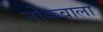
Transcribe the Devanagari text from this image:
नोकवाला